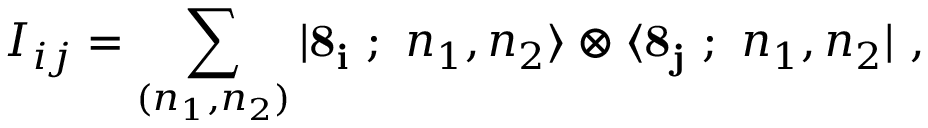
{ \cal I } _ { i j } = \sum _ { ( n _ { 1 } , n _ { 2 } ) } | { \bf 8 _ { i } } \ ; \ n _ { 1 } , n _ { 2 } \rangle \otimes \langle { \bf 8 _ { j } } \ ; \ n _ { 1 } , n _ { 2 } | \ ,